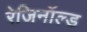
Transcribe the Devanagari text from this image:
रेजिनॉल्ड